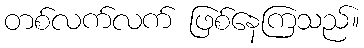
တစ်လက်လက် ဖြစ်နေကြသည်။